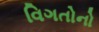
વિગતોનો